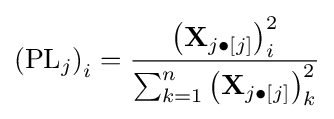
\left(\mathrm {PL} _{j}\right)_{i}={\frac {\left(\mathbf {X} _{j\bullet [j]}\right)_{i}^{2}}{\sum _{k=1}^{n}\left(\mathbf {X} _{j\bullet [j]}\right)_{k}^{2}}}